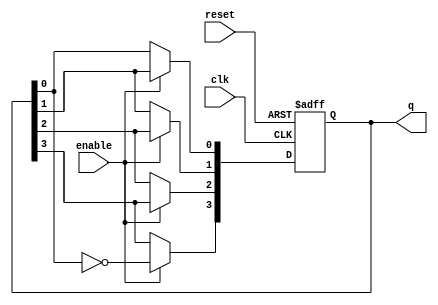
module JohnsonCounter (
    input wire clk,            // Clock signal
    input wire enable,         // Enable signal
    input wire reset,          // Asynchronous reset signal
    output reg [3:0] q         // 4-bit output for the counter
);

    // Asynchronous reset and counter operation
    always @(posedge clk or posedge reset) begin
        if (reset) begin
            q <= 4'b0000;      // Reset the counter to 0
        end else if (enable) begin
            // Johnson counter operation
            q[3] <= ~q[0];     // Invert last flip-flop output and assign to first flip-flop
            q[2] <= q[3];      // Shift right
            q[1] <= q[2];      // Shift right
            q[0] <= q[1];      // Shift right
        end
    end

endmodule